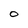
Character: 0